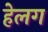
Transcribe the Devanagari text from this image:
हेलग